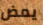
يمض